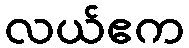
လယ်ဧက